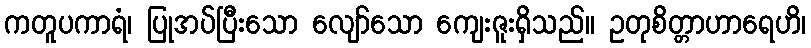
ကတူပကာရံ၊ ပြုအပ်ပြီးသော လျော်သော ကျေးဇူးရှိသည်။ ဥတုစိတ္တာဟာရေဟိ၊